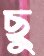
ছু